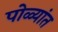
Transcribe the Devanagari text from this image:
पोळ्यांत